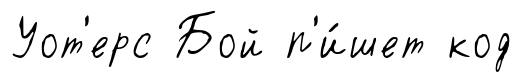
Уот'ерс Бой п'и́шет код